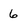
Character: 6